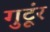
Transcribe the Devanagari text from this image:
गुटूंर